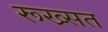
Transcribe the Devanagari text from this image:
रूख्सत